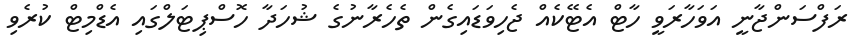
ރަފްސަންޖާނީ އަވަހާރަވީ ހާޓް އެޓޭކެއް ޖެހިވަޑައިގެން ތެހެރާނުގެ ޝުހަދާ ހޮސްޕިޓަލްގައި އެޑްމިޓް ކުރެވި